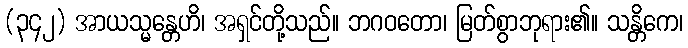
(၃၄၂) အာယသ္မန္တေဟိ၊ အရှင်တို့သည်။ ဘဂဝတော၊ မြတ်စွာဘုရား၏။ သန္တိကေ၊